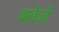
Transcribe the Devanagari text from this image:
बाबेजी